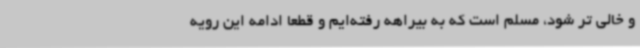
و خالی تر شود، مسلم است که به بیراهه رفته‌ایم و قطعا ادامه این رویه